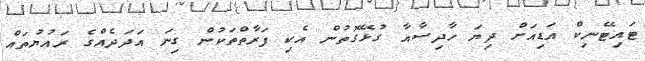
ޓައިޓޭނިކް އަޑިއަށް ދިޔަ ހާދިސާއާ ގުޅޭގޮތުން އެކި ފަރާތްތަކުން ގިނަ އަދަދެއްގެ ރައުޔުތައް